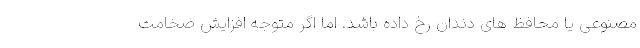
مصنوعی یا محافظ های دندان رخ داده باشد. اما اگر متوجه افزایش ضخامت